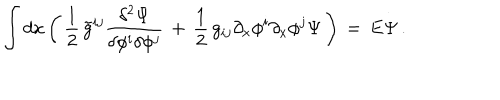
\int d x \left( \, { \frac { 1 } { 2 } } \, \tilde { g } ^ { i j } { \frac { \delta ^ { 2 } \Psi } { \delta \phi ^ { i } \delta \phi ^ { j } } } \, + \, { \frac { 1 } { 2 } } \, g _ { i j } \partial _ { x } \phi ^ { i } \partial _ { x } \phi ^ { j } \Psi \, \right) \, = \, E \Psi \, .